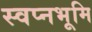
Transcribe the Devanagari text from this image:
स्वप्नभूमि